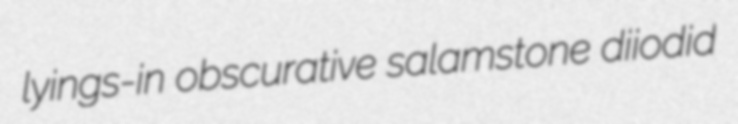
lyings-in obscurative salamstone diiodid